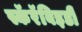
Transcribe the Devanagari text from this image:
स्कॅरॅबिइडी